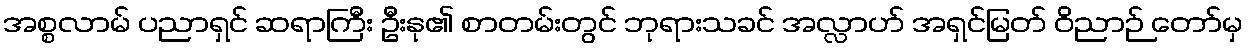
အစ္စလာမ် ပညာရှင် ဆရာကြီး ဦးနု၏ စာတမ်းတွင် ဘုရားသခင် အလ္လာဟ် အရှင်မြတ် ဝိညာဉ် တော်မှ